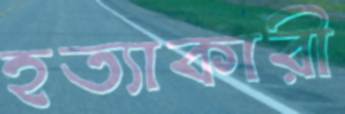
হত্যাকারী